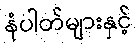
နံပါတ်များနှင့်